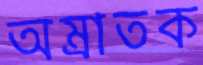
অম্রাতক